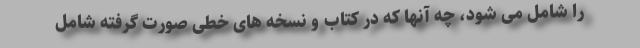
را شامل می ‌شود، چه آنها که در کتاب و نسخه ‌های خطی صورت گرفته شامل